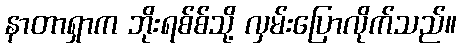
နာတာရှာက ဘိုးရစ်စ်သို့ လှမ်းပြောလိုက်သည်။